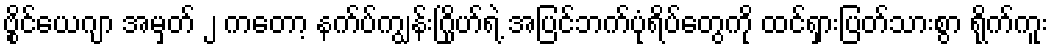
ဗွိုင်ယေဂျာ အမှတ် ၂ ကတော့ နက်ပ်ကျွန်းဂြိုဟ်ရဲ့ အပြင်ဘက်ပုံရိပ်တွေကို ထင်ရှားပြတ်သားစွာ ရိုက်ကူး